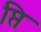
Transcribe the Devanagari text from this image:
प्ति